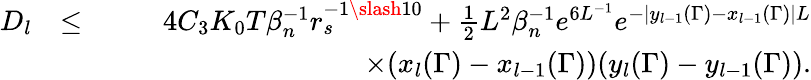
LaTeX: \begin{array}{rlr}{D_{l}}&{\leq}&{4C_{3}K_{0}T\beta_{n}^{-1}r_{s}^{-1\slash 10}+\frac{1}{2}L^{2}\beta_{n}^{-1}e^{6L^{-1}}e^{-|y_{l-1}(\Gamma)-x_{l-1}(\Gamma)|L}}\\ &{}&{\quad\quad\quad\quad\quad\quad\quad\quad\quad\times(x_{l}(\Gamma)-x_{l-1}(\Gamma))(y_{l}(\Gamma)-y_{l-1}(\Gamma)).}\end{array}